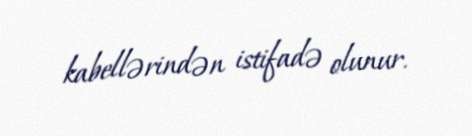
kabellərindən istifadə olunur.